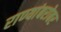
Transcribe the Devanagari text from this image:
राण्यांबरोबर